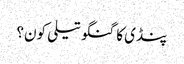
پنڈی کا گنگو تیلی کون؟